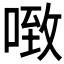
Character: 𰈂